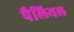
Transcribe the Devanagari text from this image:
पैलियल